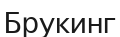
Брукинг